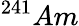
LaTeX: ^{241}Am